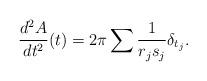
LaTeX: \begin{align*}\frac{d^2A}{dt^2}(t)=2\pi\sum\frac{1}{r_js_j}\delta_{t_j}.\end{align*}